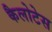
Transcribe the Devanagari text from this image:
कैलोटेस